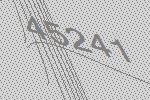
45241